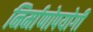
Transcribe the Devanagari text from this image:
निर्माणोपयोगी